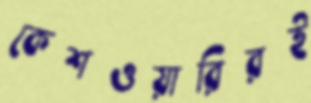
কেশওয়ারিরই